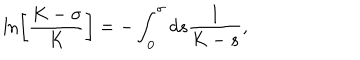
\ln \left[ \frac { K - \sigma } { K } \right] = - \int _ { 0 } ^ { \sigma } d s \frac { 1 } { K - s } ,